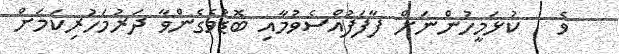
ވެ   ކުޅަމީހުންނަށް ފާފަފުއްސެވުމާއި ބޮޑުވެގެންވާ ދަރުމަހުރިކަމަށް